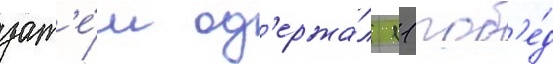
зат'е́м од'ержа́л 11 поб'е́д